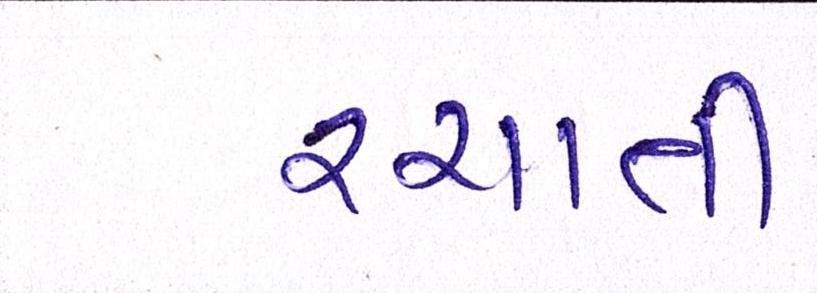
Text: રચાતી